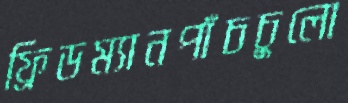
ফ্রিডম্যানপাঁচচুলো